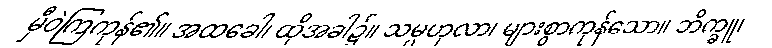
မှီဝဲကြကုန်၏။ အထခေါ၊ ထိုအခါ၌။ သမ္ပဟုလာ၊ များစွာကုန်သော။ ဘိက္ခူ၊